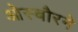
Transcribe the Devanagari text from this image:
ओस्बौरने